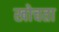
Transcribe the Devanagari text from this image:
खोचता